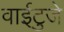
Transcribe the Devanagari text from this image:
वाईटुजे